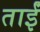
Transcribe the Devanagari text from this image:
ताईं